system: You are a helpful assistant.
user:
Analyze the provided spectrum to determine if it is a **M-type Giant (gM)**.

A M-type Giant spectrum is defined by its **strong molecular absorption** features, particularly from **Titanium Oxide (TiO)**. You must check for one of the following mutually exclusive signatures:

- **Key Visual Indicators (Absorption-Dominated Spectrum):**

    - **(Primary):** The spectrum is dominated by strong molecular absorption from **Titanium Oxide (TiO)**. This is the **defining feature** of its M-type temperature class.
        - **(Key Bandheads):** Look for sharp, "saw-tooth" absorption valleys. The strongest are located near **~7050 Å**, **~6160 Å**, and **~5170 Å**.
        - **(Line Profile):** The "saw-tooth" morphology is critical: a **sharp, steep drop on the BLUE (short-wavelength) side** of the bandhead, followed by a gradual recovery (rising flux) towards the RED (long-wavelength) side.

    - **(Key Confirmation - Giant vs. Dwarf):** **ABSENCE** of strong **Calcium Hydride (CaH)** molecular bands. This is the primary diagnostic for *excluding* M-dwarfs.
        - **(Key Region):** The spectrum should lack the strong, broad absorption band seen in dwarfs between **~6800 Å and ~7000 Å**.

    - **(Secondary Confirmation - Giant):** A very strong and broad **Neutral Calcium (Ca I)** atomic absorption line.
        - **(Key Line):** Located at **~4226 Å**. In a giant (gM), this line is significantly deeper and broader than the same line in an M-dwarf (dM) due to low surface gravity.

    - **(Overall Spectrum):**
        - The continuum is **extremely red-sloping** (i.e., flux is very low in the blue and rises dramatically towards the red).
        - The entire spectrum appears "chopped up" by the deep TiO bands.

Think first, call **spectral_visualization_tool** if needed to examine features in detail, then provide your final answer. Your response must adhere to the following strict rules:
1.  **Overall Structure:** Your response must follow the format `<think>...</think> <tool_call>...</tool_call> (if a tool is used) <answer>...</answer>`.
2.  **Tool Usage Constraint:** You may only make **one** tool call per turn.
3.  **Final Answer Format:** In the `<answer>` tag, your conclusion must be inside a `\boxed{}` command (e.g., `\boxed{YES}` or `\boxed{NO}`), followed by your justification.

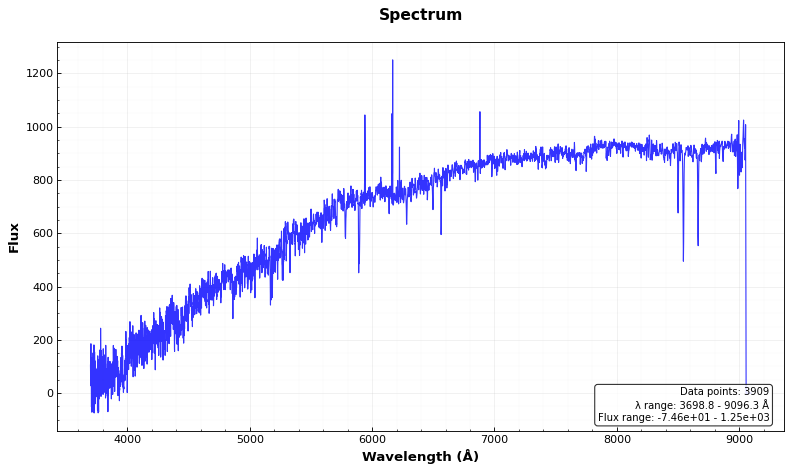
Answer: NO